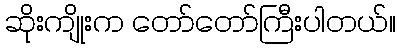
ဆိုးကျိုးက တော်တော်ကြီးပါတယ်။